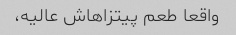
واقعا طعم پیتزاهاش عالیه،